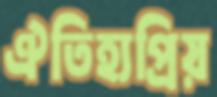
ঐতিহ্যপ্রিয়